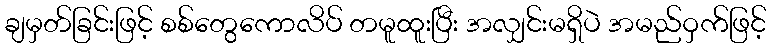
ချမှတ်ခြင်းဖြင့် စစ်တွေကောလိပ် တမူထူးပြီး အလျှင်းမရှိပဲ အမည်ဝှက်ဖြင့်